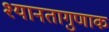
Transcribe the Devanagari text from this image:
श्यानतागुणाक